Eesti_Vabariigi_Tartu_Ulikool, lk 62
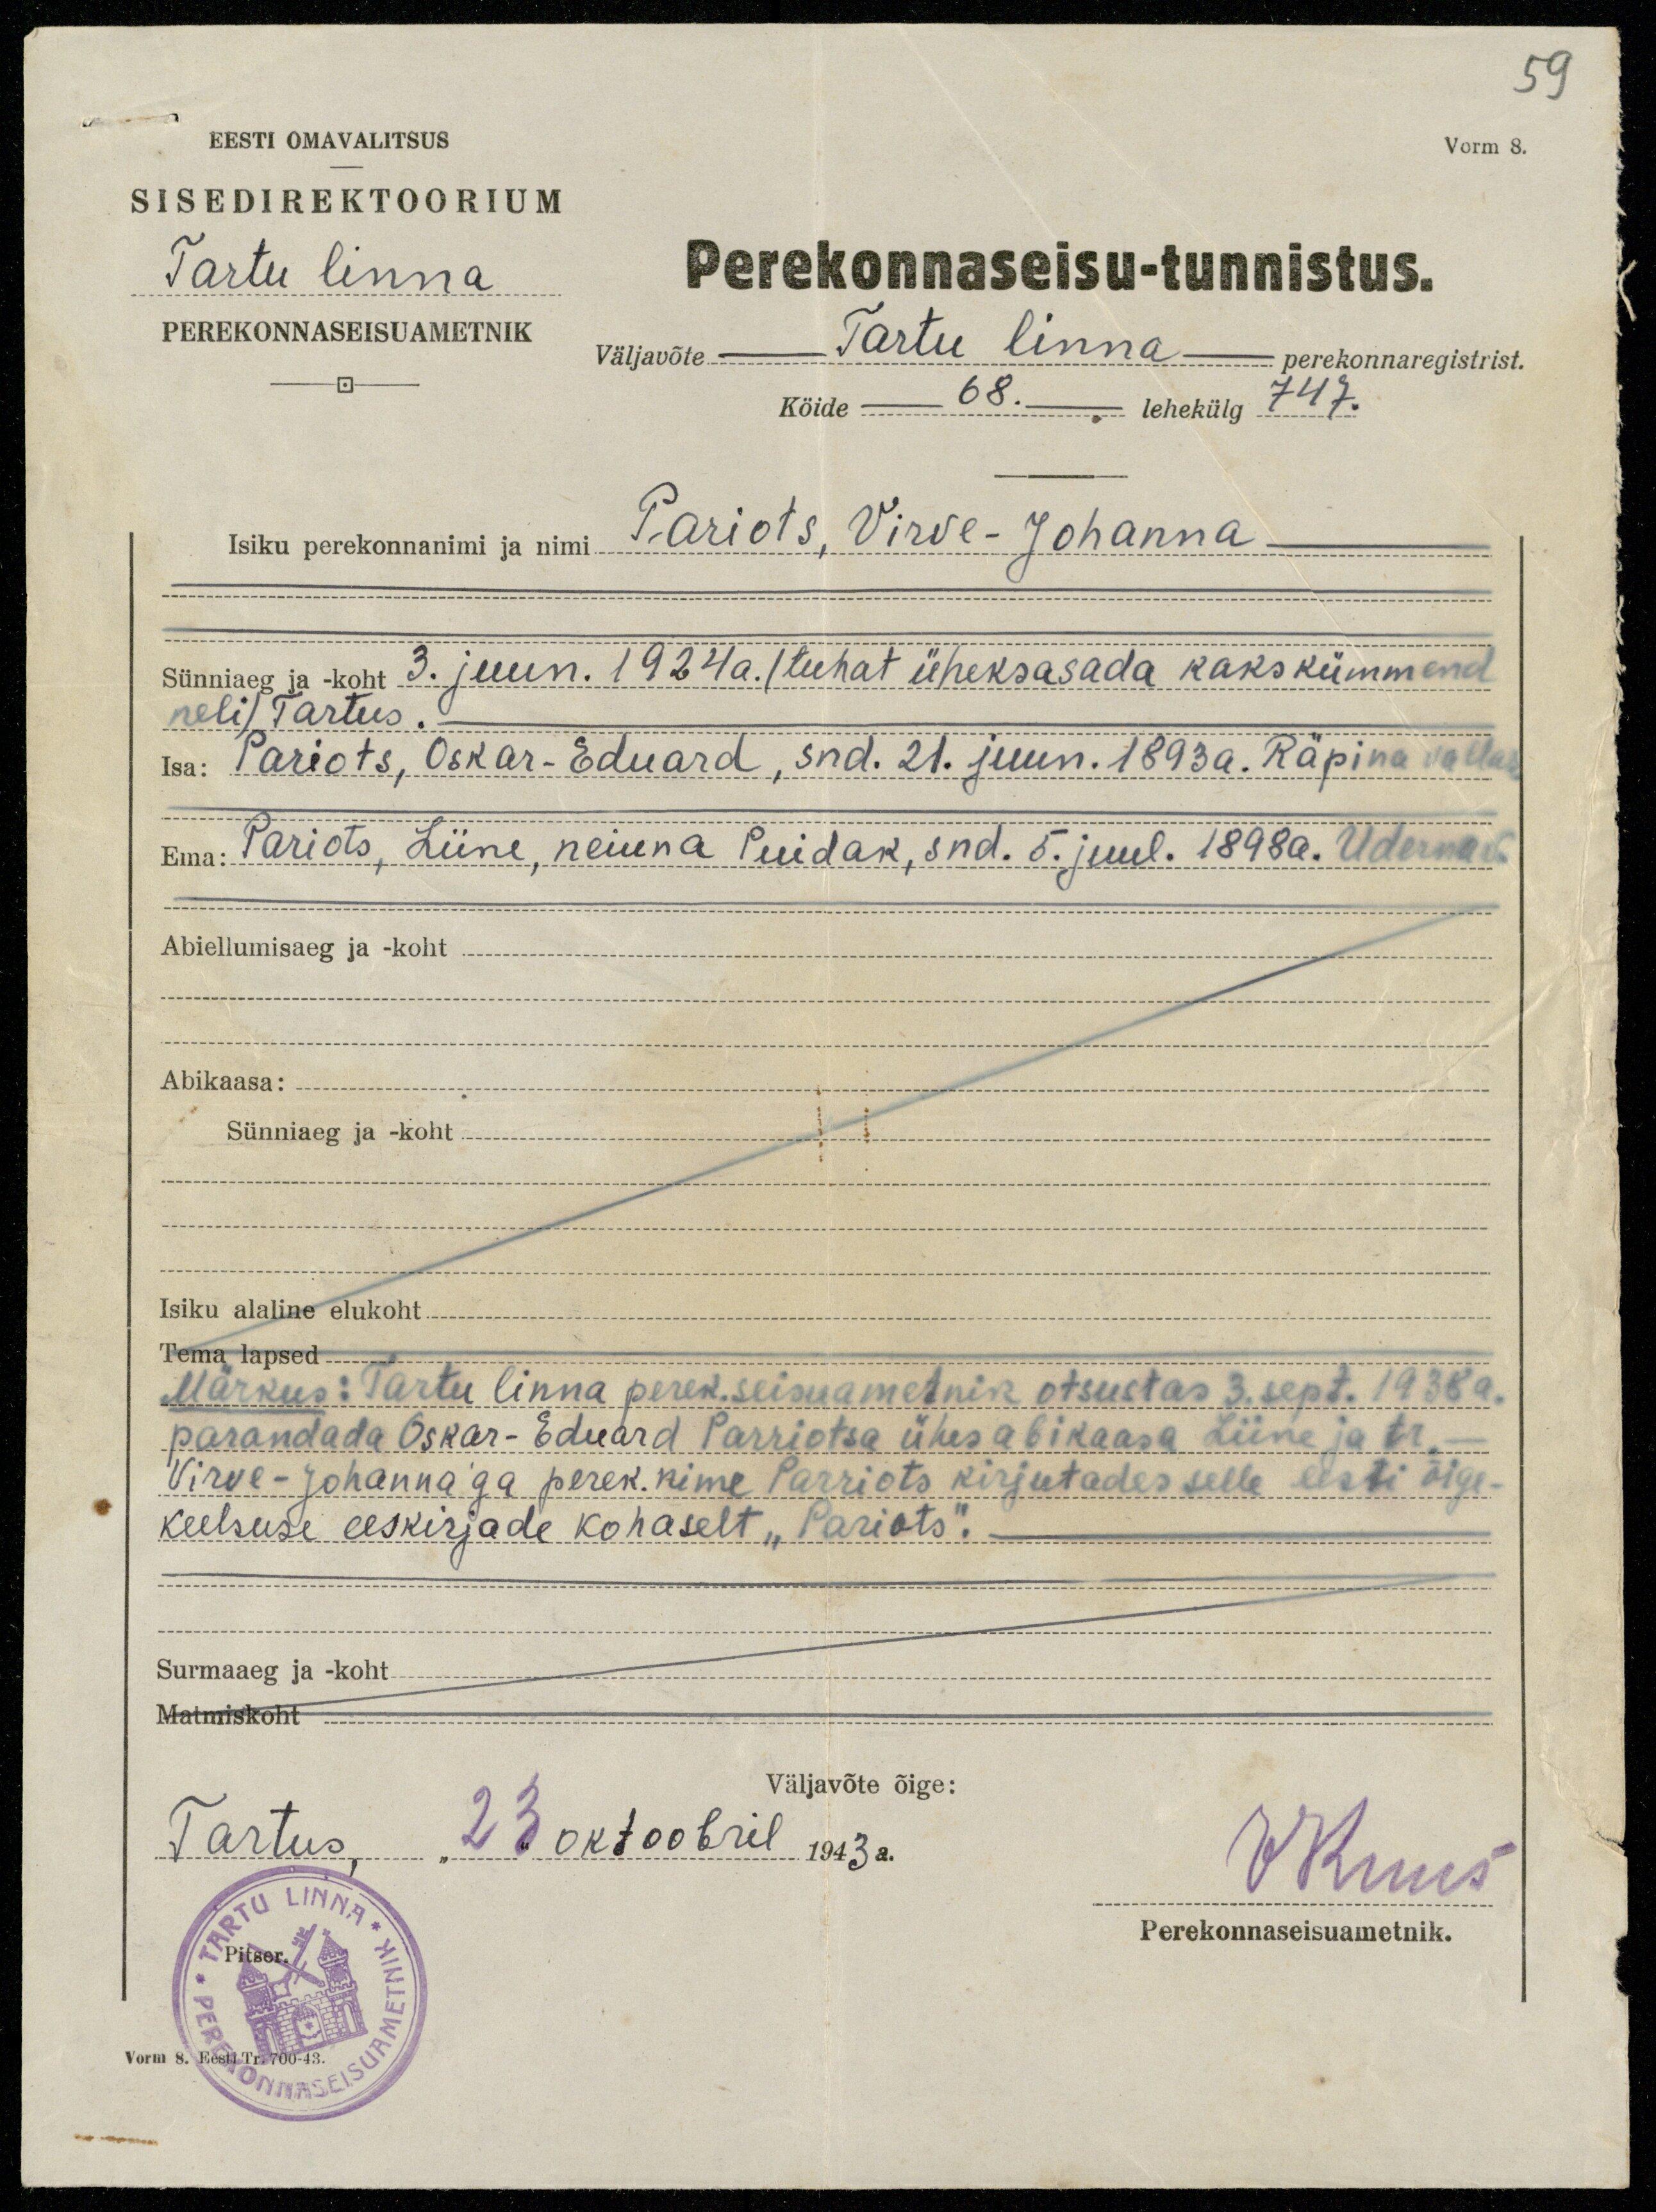
59
Vorm 8.
EESTI OMAVALITSUS
SISEDIREKTOORIUM
Tartu linna
PEREKONNASEISUAMETNIK
Perekonnaseisu-tunnistus.
väljavõte - Tartu linna - perekonnaregistrist.
Köide 68. lehekülg 747.
Isiku perekonnanimi ja nimi Pariots, Virve-Johanna
Sünniaeg ja koht 3. juun. 1924 a. (tuhat üheksasada kakskümmend
neli) Tartus.
Isa: Pariots, Oskar -Eduard, snd. 21. juun. 1893a. Räpina vallas
Ema: Pariots, Liine, neiuna Puidak, snd. 5. juul. 1898a. Udernas
Abiellumisaeg ja -koht
Abikaasa:
Sünniaeg ja - koht
Isiku alaline elukoht.
Tema lapsed
Märkus: Tartu linna perek. seisuametnik otsustas 3. sept. 1938a.
parandada Oskar - Eduard Parriotsa ühes abikaasa Liine ja tr.
Virve - Johannaga perek. nime Parroits kirjutades selle Eesti õige-
keelsuse eeskirjade kohaselt "Pariots".
Surmaaeg ja koht
Matmiskoht
Väljavõte õige:
Tartus, "23" oktoobril 1943 a.
EKuus
Perekonnaseisuametnik.
Vorm 8.